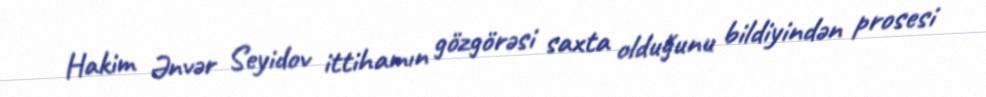
Hakim Ənvər Seyidov ittihamın gözgörəsi saxta olduğunu bildiyindən prosesi